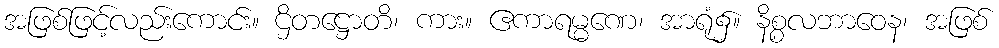
အဖြစ်ဖြင့်လည်းကောင်း။ ဌိတဋ္ဌောတိ၊ ကား။ ဧကာရမ္မဏေ၊ အာရုံ၌။ နိစ္စလဘာဝေန၊ အဖြစ်